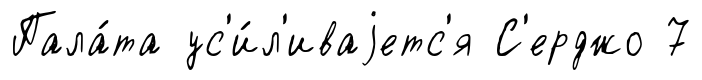
Пала́та ус'и́л'иваjетс'я С'ерджо 7